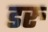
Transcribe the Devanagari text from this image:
डरु